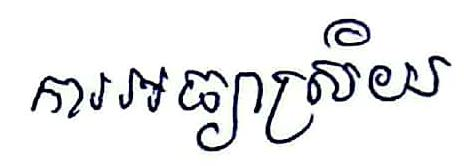
ការអធ្យាស្រ័យ